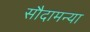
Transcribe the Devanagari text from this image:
सौदामन्या